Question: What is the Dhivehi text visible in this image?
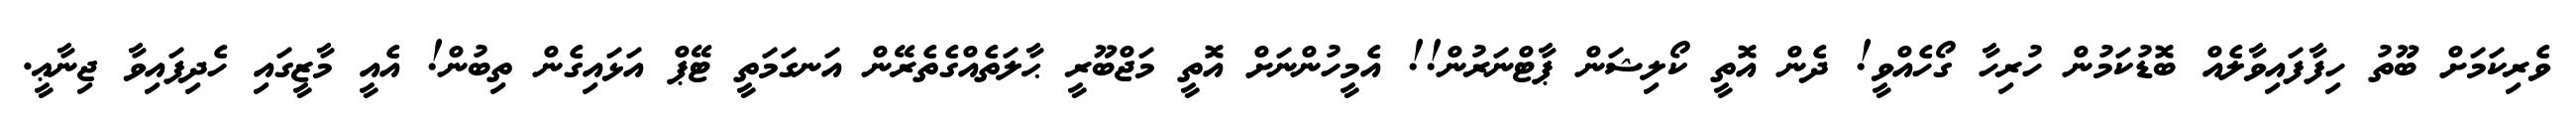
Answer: ވެރިކަމަށް ބޫތު ހިފާފައިވާލެއް ބޮޑުކަމުން ހުރިހާ ގޯހެއްވީ! ދެން އޮތީ ކޯލިޝަން ޕާޓްނަރުން!! އެމީހުންނަށް އޮތީ މަޖްބޫރީ ޙާލަތެއްގެތެރޭން އަނގަމަތީ ޓޭޕް އަޅައިގެން ތިބުން! އެއީ މާޒީގައި ހެދިފައިވާ ޖިނާޢީ.